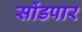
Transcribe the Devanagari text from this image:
सोंडपार